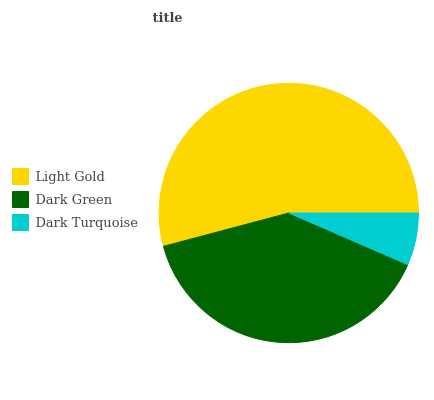
| Light Gold | Dark Green | Dark Turquoise |
 | --- | --- | --- |
 | 54.1% | 39.3% | 6.53% |